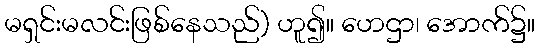
မရှင်းမလင်းဖြစ်နေသည်) ဟူ၍။ ဟေဌာ၊ အောက်၌။